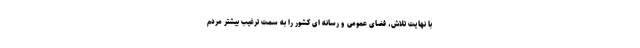
با نهایت تلاش، فضای عمومی و رسانه ای کشور را به سمت ترغیب بیشتر مردم